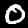
Digit: 0